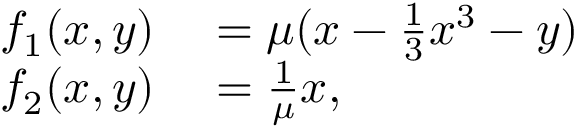
\begin{array} { r l } { f _ { 1 } ( x , y ) } & { { } = \mu ( x - \frac { 1 } { 3 } x ^ { 3 } - y ) } \\ { f _ { 2 } ( x , y ) } & { { } = \frac { 1 } { \mu } x , } \end{array}